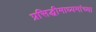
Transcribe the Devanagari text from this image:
प्रसिद्धीमाध्यमांच्या